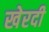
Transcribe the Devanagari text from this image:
खेरदी